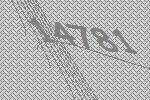
14781